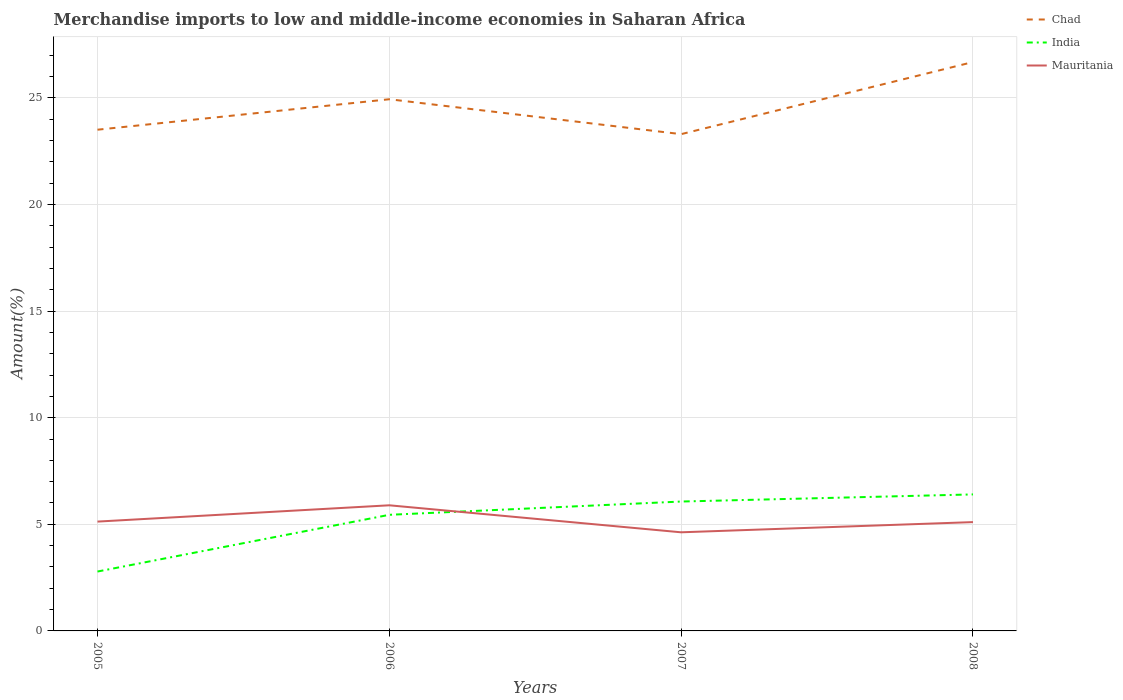
| Years | Chad | India | Mauritania |
 | --- | --- | --- | --- |
 | 2005 | 23.5 | 2.79 | 5.13 |
 | 2006 | 24.9 | 5.45 | 5.89 |
 | 2007 | 23.3 | 6.07 | 4.63 |
 | 2008 | 26.7 | 6.4 | 5.1 |